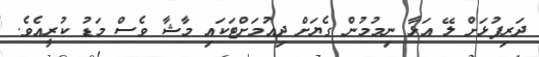
ދަރިފުޅަށް ލޭ އަޅާ ނިމުމުން ގެޔަށް ދިއުމަށްޓަކައި މާޝާ ވެސް މަޑު ކުރީއެވެ.